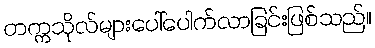
တက္ကသိုလ်များပေါ်ပေါက်လာခြင်းဖြစ်သည်။